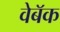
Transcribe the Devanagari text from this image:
वेबॅक